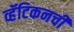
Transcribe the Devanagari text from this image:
व्हॅटिकनची